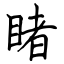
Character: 睹